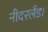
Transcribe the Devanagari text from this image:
नीदरलैंड।